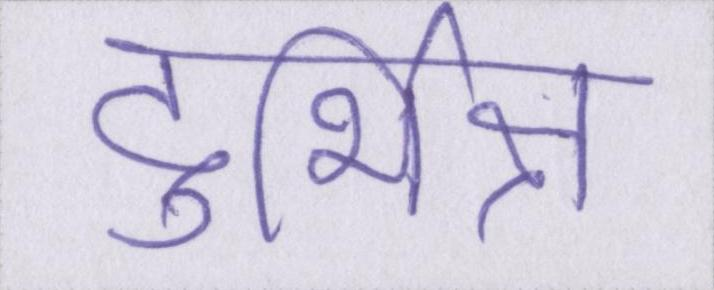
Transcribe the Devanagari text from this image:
दुर्भिक्ष